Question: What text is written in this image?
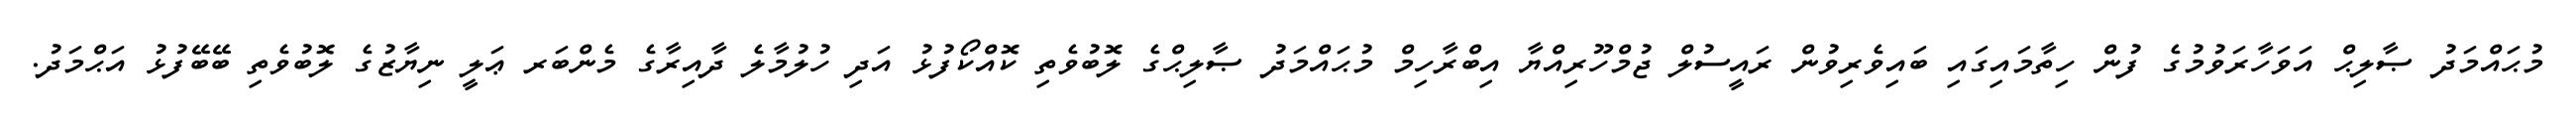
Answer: މުޙައްމަދު ޞާލިޙް އަވަހާރަވުމުގެ ފުން ހިތާމައިގައި ބައިވެރިވުން ރައީސުލް ޖުމްހޫރިއްޔާ އިބްރާހިމް މުޙައްމަދު ޞާލިޙްގެ ލޮބުވެތި ކޮއްކޯފުޅު އަދި ހުލުމާލެ ދާއިރާގެ މެންބަރ ޢަލީ ނިޔާޒުގެ ލޮބުވެތި ބޭބޭފުޅު އަޙްމަދު.